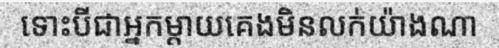
ទោះបីជាអ្នកម្តាយគេងមិនលក់យ៉ាងណា